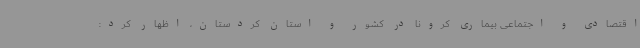
اقتصادی و اجتماعی بیماری کرونا در کشور و استان کردستان، اظهار کرد: